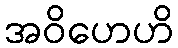
အဝိဟေဟိ